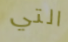
التي